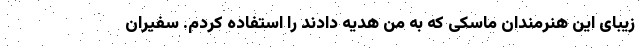
زیبای این هنرمندان ماسکی که به من هدیه دادند را استفاده کردم. سفیران